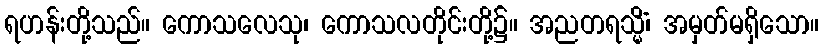
ရဟန်းတို့သည်။ ကောသလေသု၊ ကောသလတိုင်းတို့၌။ အညတရသ္မိံ၊ အမှတ်မရှိသော။